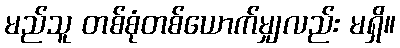
မည်သူ တစ်စုံတစ်ယောက်မျှလည်း မရှိ။